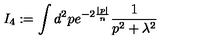
I _ { 4 } : = \int d ^ { 2 } p e ^ { - 2 \frac { | p | } { n } } \frac { 1 } { p ^ { 2 } + \lambda ^ { 2 } }